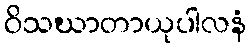
ဝိသဃာတာယုပါလနံ